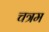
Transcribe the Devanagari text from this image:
चत्रम